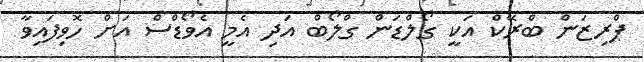
ޕްރިޒަން ބްރޭކް އަކީ ގޯލްޑަން ގްލޯބް އަދި އެމީ އެވޯޑްސް އަށް ހޮވިފައިވާ